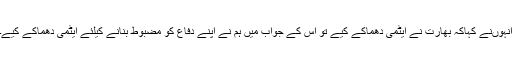
انہوںنے کہاکہ بھارت نے ایٹمی دھماکے کیے تو اس کے جواب میں ہم نے اپنے دفاع کو مضبوط بنانے کیلئے ایٹمی دھماکے کیے۔